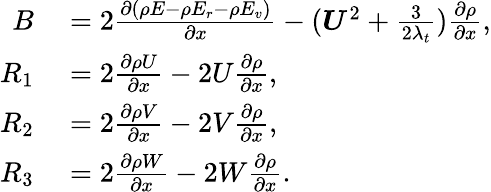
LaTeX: \begin{array}{r}{\begin{array}{rl}{B}&{{}=2\frac{\partial(\rho E-\rho E_{r}-\rho E_{v})}{\partial x}-(\boldsymbol{U}^{2}+\frac{3}{2\lambda_{t}})\frac{\partial\rho}{\partial x},}\\ {R_{1}}&{{}=2\frac{\partial\rho U}{\partial x}-2U\frac{\partial\rho}{\partial x},}\\ {R_{2}}&{{}=2\frac{\partial\rho V}{\partial x}-2V\frac{\partial\rho}{\partial x},}\\ {R_{3}}&{{}=2\frac{\partial\rho W}{\partial x}-2W\frac{\partial\rho}{\partial x}.}\end{array}}\end{array}